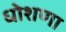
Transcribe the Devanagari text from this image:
धोशणा